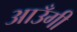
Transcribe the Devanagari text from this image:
आउँगी